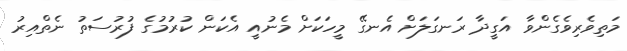
މަތިވެރިވެގެންވާ އަގީދާ ރަނގަލަށް އެނގޭ މީހަކަށް މެނުއީ އެކަން ކުރުމުގެ ފުރުސަތު ނެތްއިރު